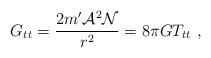
LaTeX: \begin{align*}G_{tt}=\frac{2m'{\cal A}^2{\cal N}}{r^2} =8\pi G T_{tt}\ , \end{align*}